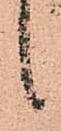
候